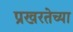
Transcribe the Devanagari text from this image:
प्रखरतेच्या